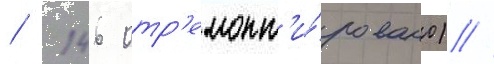
/ 146 отр'емонт'и́ровано) //